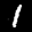
Label: 1